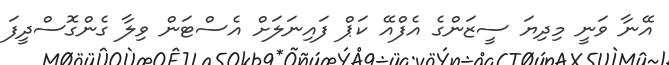
އޭނާ ވަނީ މިދިޔަ ސީޒަންގެ އެފްއޭ ކަޕް ފައިނަލަށް އެސްޓަން ވިލާ ގެންގޮސްދީފަ